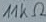
Text: 11KΩ